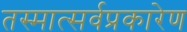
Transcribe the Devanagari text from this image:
तस्मात्सर्वप्रकारेण